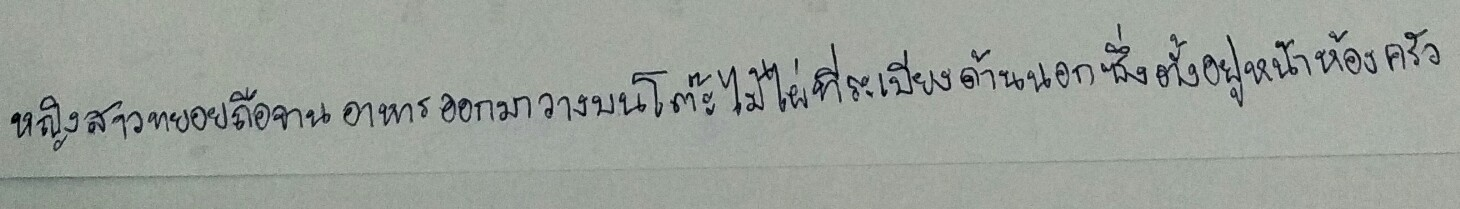
หญิงสาวทยอยถือจานอาหารออกมาวางบนโต๊ะไม้ไผ่ที่ระเบียงด้านนอกซึ่งตั้งอยู่หน้าห้องครัว